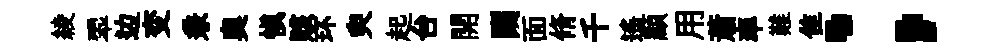
綾翆边变兼奥慎賅环臾起台開闚面脩千遥顯用蕭率難隹；